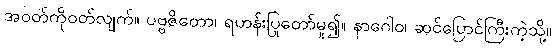
အဝတ်ကိုဝတ်လျက်။ ပဗ္ဗဇိတော၊ ရဟန်းပြုတော်မူ၍။ နာဂေါဝ၊ ဆင်ပြောင်ကြီးကဲ့သို့။